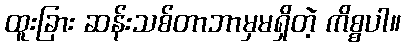
ထူးခြား ဆန်းသစ်တာဘာမှမရှိတဲ့ ကိစ္စပါ။